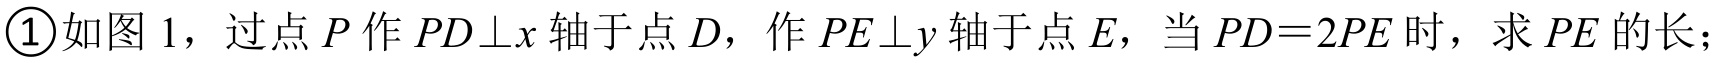
\textcircled{1}如图1，过点$P$作$PD\perp x$轴于点$D$，作$PE\perp y$轴于点$E$，当$PD = 2PE$时，求$PE$的长；